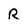
Character: R